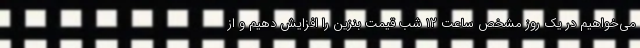
می‌خواهیم در یک روز مشخص ساعت ۱۲ شب قیمت بنزین را افزایش دهیم و از